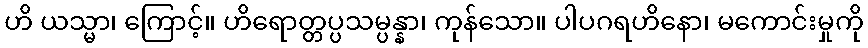
ဟိ ယသ္မာ၊ ကြောင့်။ ဟိရောတ္တပ္ပသမ္ပန္နာ၊ ကုန်သော။ ပါပဂရဟိနော၊ မကောင်းမှုကို